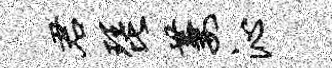
君琵萋沁